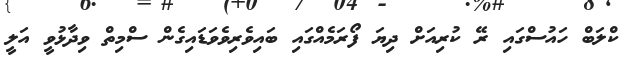
ކްލަބް ހައުސްގައި ރޭ ކުރިއަށް ދިޔަ ފޯރަމެއްގައި ބައިވެރިވެވަޑައިގެން ސްމިތް ވިދާޅުވީ އަލީ